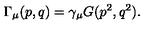
\Gamma _ { \mu } ( p , q ) = \gamma _ { \mu } G ( p ^ { 2 } , q ^ { 2 } ) .